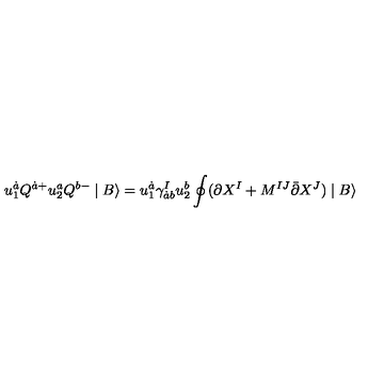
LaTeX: u _ { 1 } ^ { \dot { a } } Q ^ { \dot { a } + } u _ { 2 } ^ { a } Q ^ { b - } \mid B \rangle = u _ { 1 } ^ { \dot { a } } \gamma _ { \dot { a } b } ^ { I } u _ { 2 } ^ { b } \oint ( \partial X ^ { I } + M ^ { I J } \bar { \partial } X ^ { J } ) \mid B \rangle